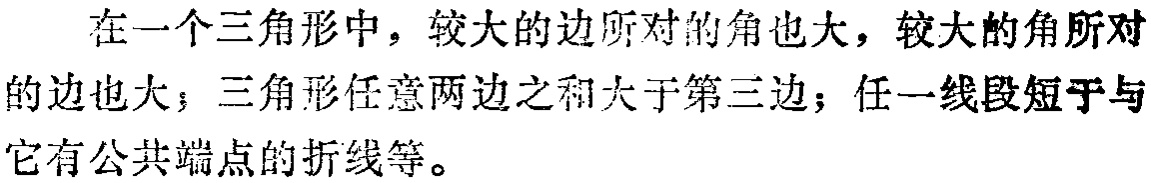
在一个三角形中，较大的边所对的角也大，较大的角所对的边也大；三角形任意两边之和大于第三边；任一线段短于与它有公共端点的折线等。